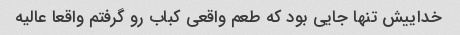
خداییش تنها جایی بود که طعم واقعی کباب رو گرفتم واقعا عالیه